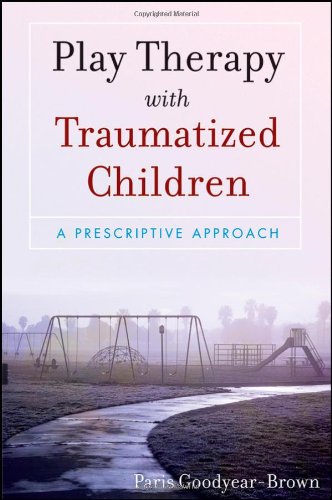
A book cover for Play Therapy with Traumatized Children; Paris Goodyear-Brown; Health, Fitness & Dieting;